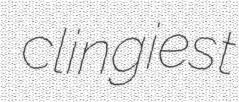
clingiest